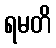
ရမတိ